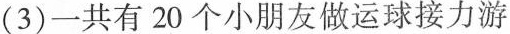
(3)一共有20个小朋友做运球接力游